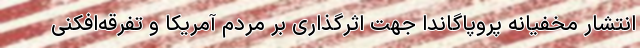
انتشار مخفیانه پروپاگاندا جهت اثرگذاری بر مردم آمریکا و تفرقه‌افکنی